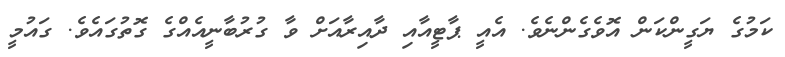
ކަމުގެ ޔަގީންކަން އޮވެގެންނެވެ. އެއީ ޕާޓީއާއި ދާއިރާއަށް ވާ ގުރުބާނީއެއްގެ ގޮތުގައެވެ. ގައުމީ